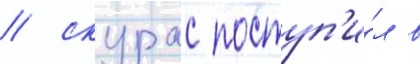
/ скурас поступ'и́л в